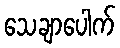
သေချာပေါက်